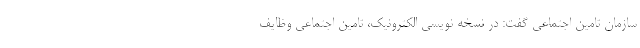
سازمان تامین اجتماعی گفت: در نسخه نویسی الکترونیک، تامین اجتماعی وظایف